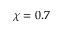
\chi = 0 . 7